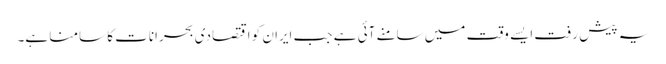
یہ پیش رفت ایسے وقت میں سامنے آئی ہے جب ایران کو اقتصادی بحرانات کا سامنا ہے۔